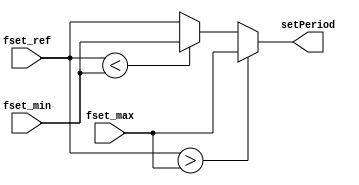
module freq_range_spec(input [7:0] fset_ref, fset_max, fset_min, output [7:0] setPeriod);
  assign setPeriod = fset_ref > fset_max ? fset_max:
                      fset_ref < fset_min ? fset_min:
                      fset_ref; 
endmodule